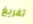
تفريغ